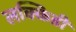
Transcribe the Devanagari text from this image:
लक्किडी